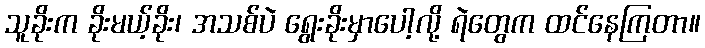
သူခိုးက ခိုးမယ့်ခိုး၊ အသစ်ပဲ ရွေးခိုးမှာပေါ့လို့ ရဲတွေက ထင်နေကြတာ။